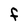
Character: F